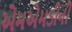
એમએમડીની